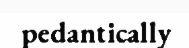
pedantically